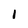
Character: I